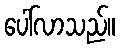
ပေါ်လာသည်။